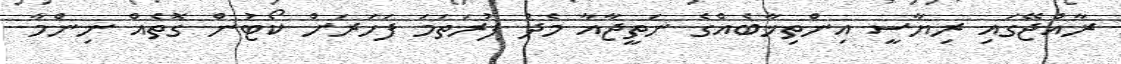
ރާއްޖޭގައި ރިޔާސީ އިންތިޚާބެއްގެ ނަތީޖާއާ މެދު ފުރަތަމަ ފަހަރަށް ކޯޓުން ގޮތެއް ނިންމާ